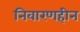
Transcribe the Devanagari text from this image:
निवारणहीन